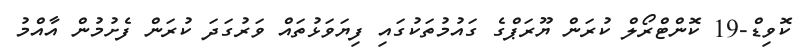
ކޮވިޑް-19 ކޮންޓްރޯލް ކުރަން ޔޫރަޕްގެ ގައުމުތަކުގައި ފިޔަވަޅުތައް ވަރުގަދަ ކުރަން ފެށުމުން އާއްމު